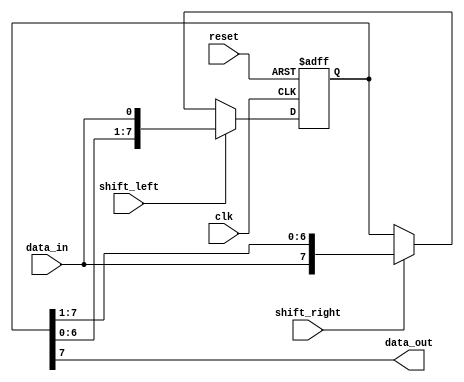
module shift_register (
    input wire clk,
    input wire reset,
    input wire shift_left,
    input wire shift_right,
    input wire data_in,
    output reg data_out
);

reg [7:0] stages; // 8 stages in this example

always @(posedge clk or posedge reset) begin
    if (reset) begin
        stages <= 8'b0;
    end else begin
        if (shift_left) begin
            stages <= {stages[6:0], data_in};
        end else if (shift_right) begin
            stages <= {data_in, stages[7:1]};
        end
    end
end

assign data_out = stages[7];

endmodule